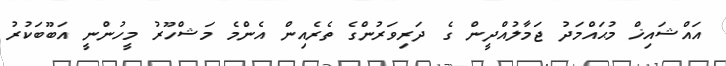
އައްޝައިޚް މުޙައްމަދު ޖަމާލުއްދީން ގެ ދަރިވަރުންގެ ތެރެއިން އެންމެ މަޝްހޫރު މީހުންނީ އަބޫބަކުރު